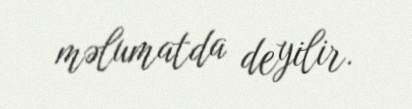
məlumatda deyilir.